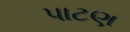
પાટણ